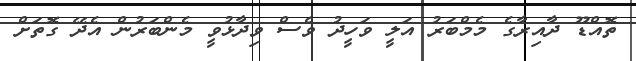
ތޮއްޑޫ ދާއިރާގެ މެމްބަރު އަލީ ވަހީދު ވެސް ވިދާޅުވީ މެންބަރުން އެދޭ ގޮތަށް